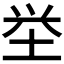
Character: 𮰡